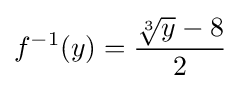
f^{-1}(y)={\frac {{\sqrt[{3}]{y}}-8}{2}}